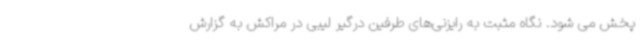
پخش می شود. نگاه مثبت به رایزنی‌های طرفین درگیر لیبی در مراکش به گزارش